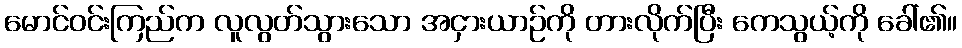
မောင်ဝင်းကြည်က လူလွတ်သွားသော အငှားယာဉ်ကို တားလိုက်ပြီး ကေသွယ့်ကို ခေါ်၏။